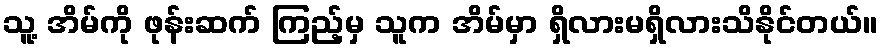
သူ့ အိမ်ကို ဖုန်းဆက် ကြည့်မှ သူက အိမ်မှာ ရှိလားမရှိလားသိနိုင်တယ်။